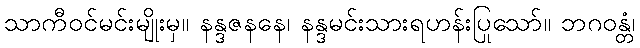
သာကီဝင်မင်းမျိုးမှ။ နန္ဒဇနနေ၊ နန္ဒမင်းသားရဟန်းပြုသော်။ ဘဂဝန္တံ၊